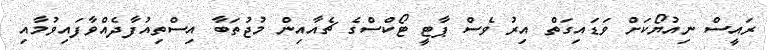
ރައީސް ނިއުޔޯކަށް ވަޑައިގަތް އިރު ވެސް ޕާޓީ ޓޯކްސްގެ ޗެއާއިން މުޖުތަބާ އިސްތިއުފާދެއްވާފައިވުމާއި